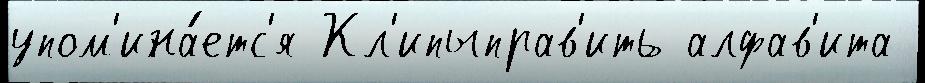
упом'ина́етс'я Кл'ипыправ'ить алфав'ита